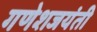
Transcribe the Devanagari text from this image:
गणेशजयंती